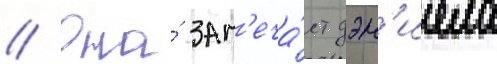
// Она́ зам'еча́ет дэн'иела